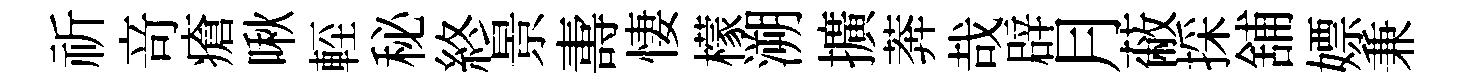
祈竒瘡啾䡖秘終景夀悽檬溯擴莾哉辟月蔽採舖嫖兼